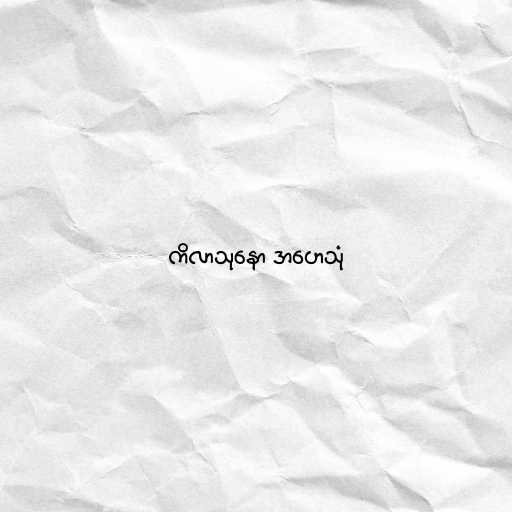
ကိလာသုနော အဟေသုံ